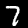
Digit: 7